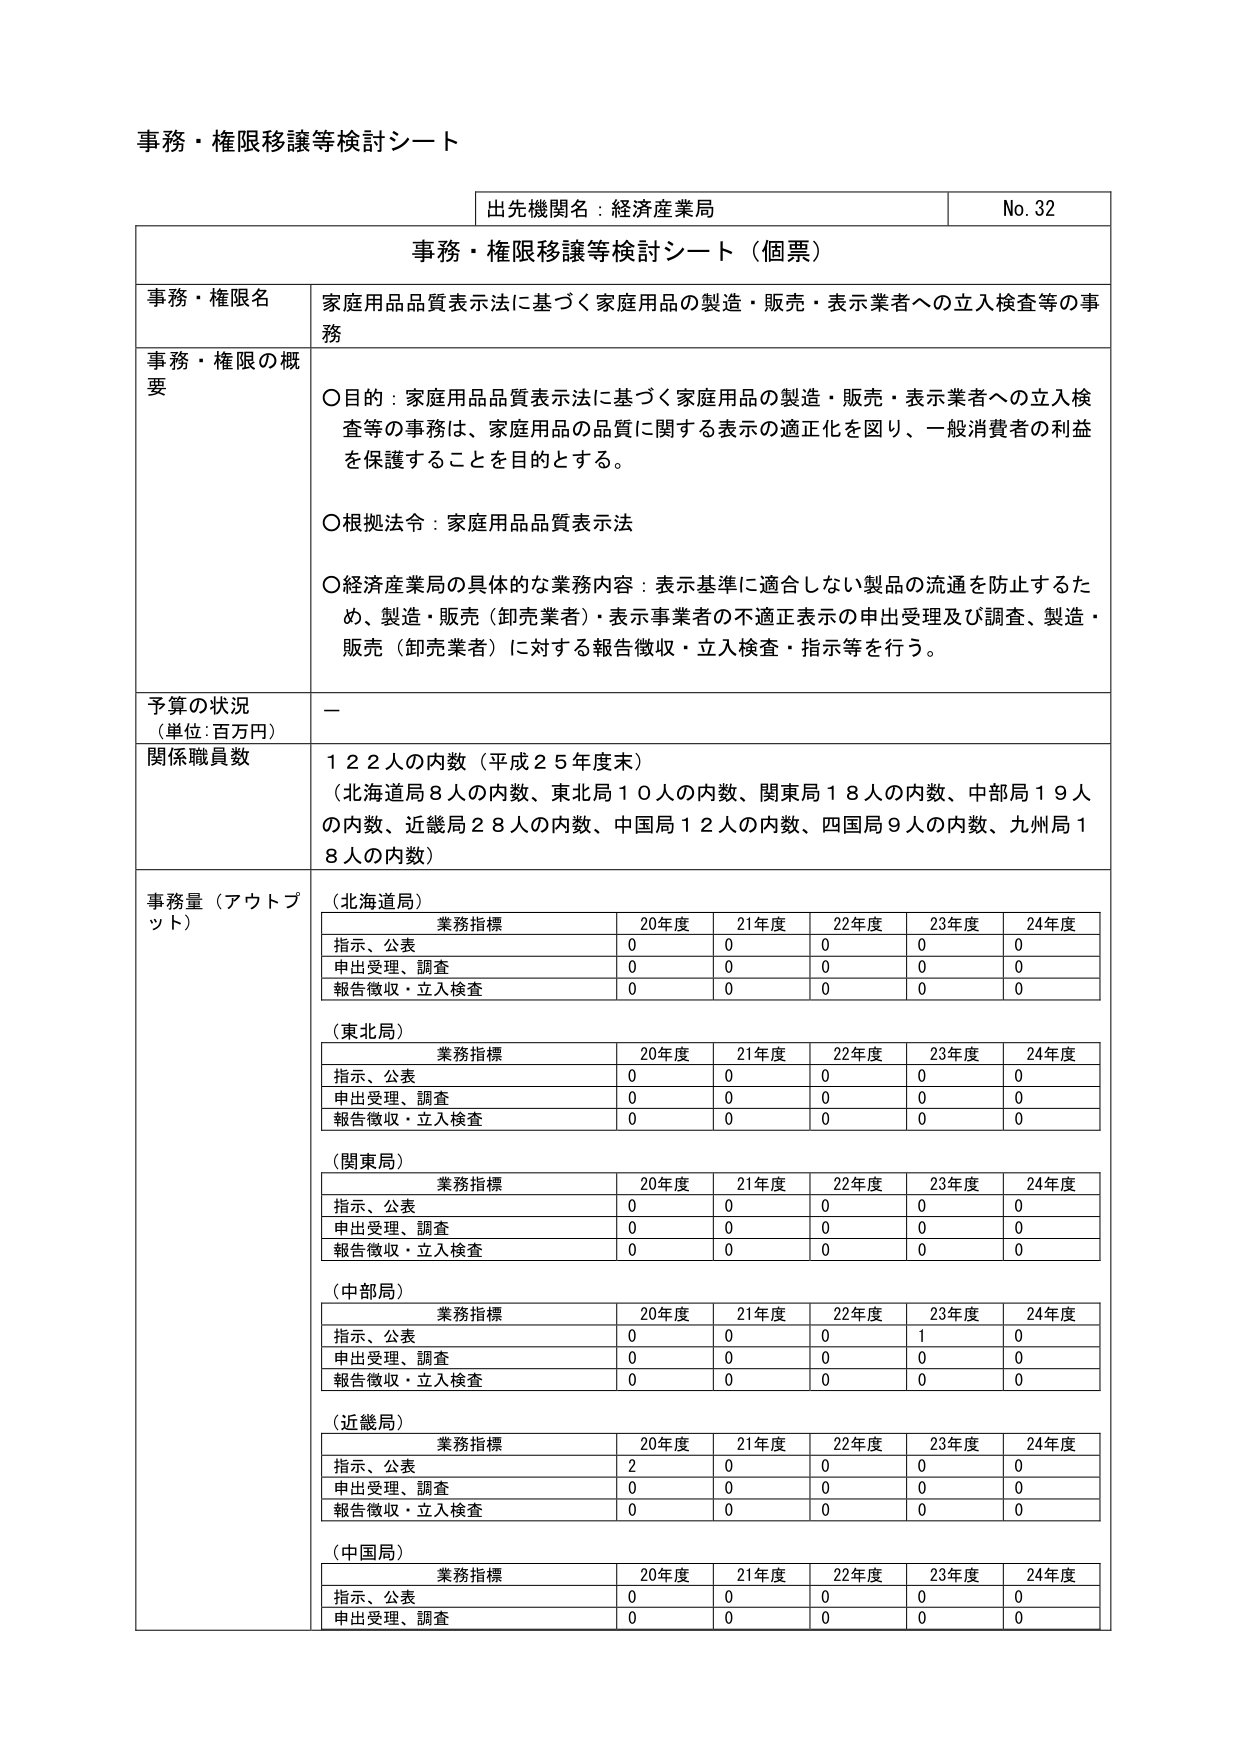
事務・権限移譲等検討シート

出先機関名：経済産業局